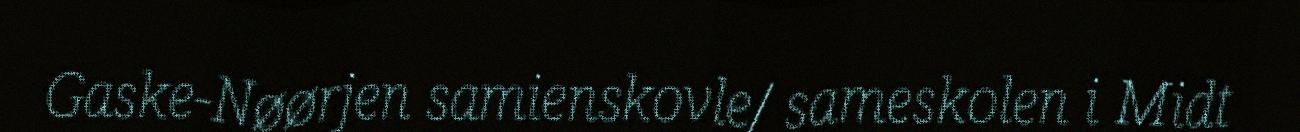
Gaske-Nøørjen samienskovle/ sameskolen i Midt